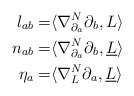
\begin{align*} l_{ab} = & \langle \nabla^N_{\partial_a} \partial_b , L\rangle \\ n_{ab} =& \langle \nabla^N_{\partial_a} \partial_b , \underline L\rangle \\ \eta_a = & \langle \nabla^N_{L} \partial_a , \underline L \rangle \end{align*}